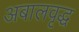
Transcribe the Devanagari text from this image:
अबालवृद्ध